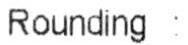
ROUNDING :